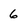
Character: 6